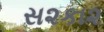
સ૨કા૨